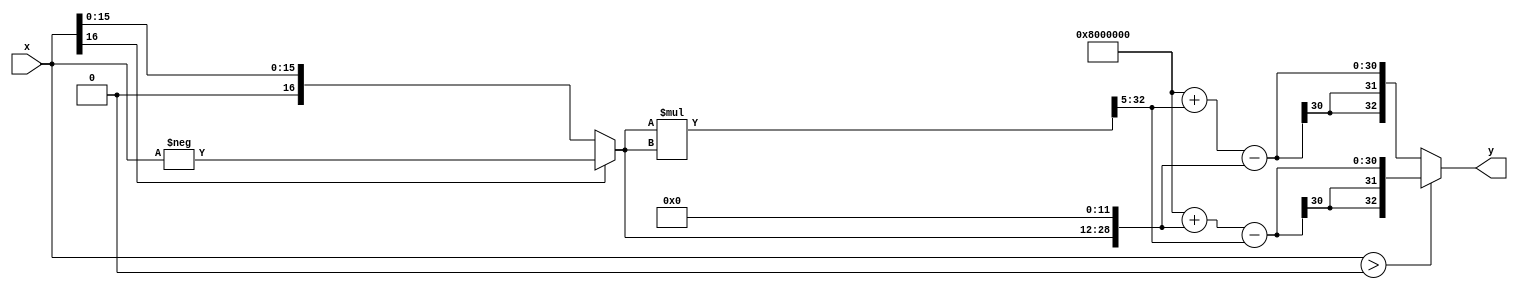
`timescale 1ns/100ps

module  sigmoid_SONF (
    input wire signed [16:0] x,
    output wire signed [32:0] y
);

    reg  signed [32:0] reg_y;
    reg  signed [16:0] abs_x;
    wire signed [32:0] reg_y_1;
    wire signed [32:0] reg_y_2;

    always @(*) begin
        if (x[16] == 1)  abs_x = -x;
        else  abs_x = x;
    end

    assign reg_y_1 = abs_x<<<12;
    assign reg_y_2 = (abs_x*abs_x)>>>5;

    always @(*) begin
        if(x > 0)   reg_y = 134217728 + reg_y_1 - reg_y_2;
        else        reg_y = 134217728 + reg_y_2 - reg_y_1;
    end

    assign y = reg_y;

endmodule